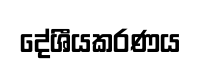
දේශීයකරණය